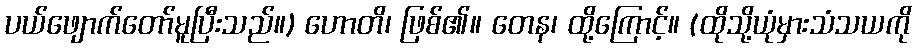
ပယ်ဖျောက်တော်မူပြီးသည်။) ဟောတိ၊ ဖြစ်၏။ တေန၊ ထို့ကြောင့်။ (ထိုသို့ယုံမှားသံသယကို